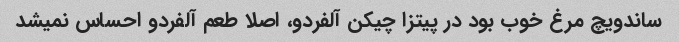
ساندویچ مرغ خوب بود در پیتزا چیکن آلفردو، اصلا طعم آلفردو احساس نمیشد